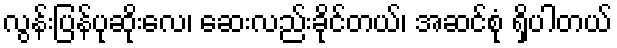
လွန်းပြန်ပုဆိုးလေ၊ ဆေးလည်းခိုင်တယ်၊ အဆင်စုံ ရှိပါတယ်